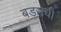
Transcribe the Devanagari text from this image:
बडसची